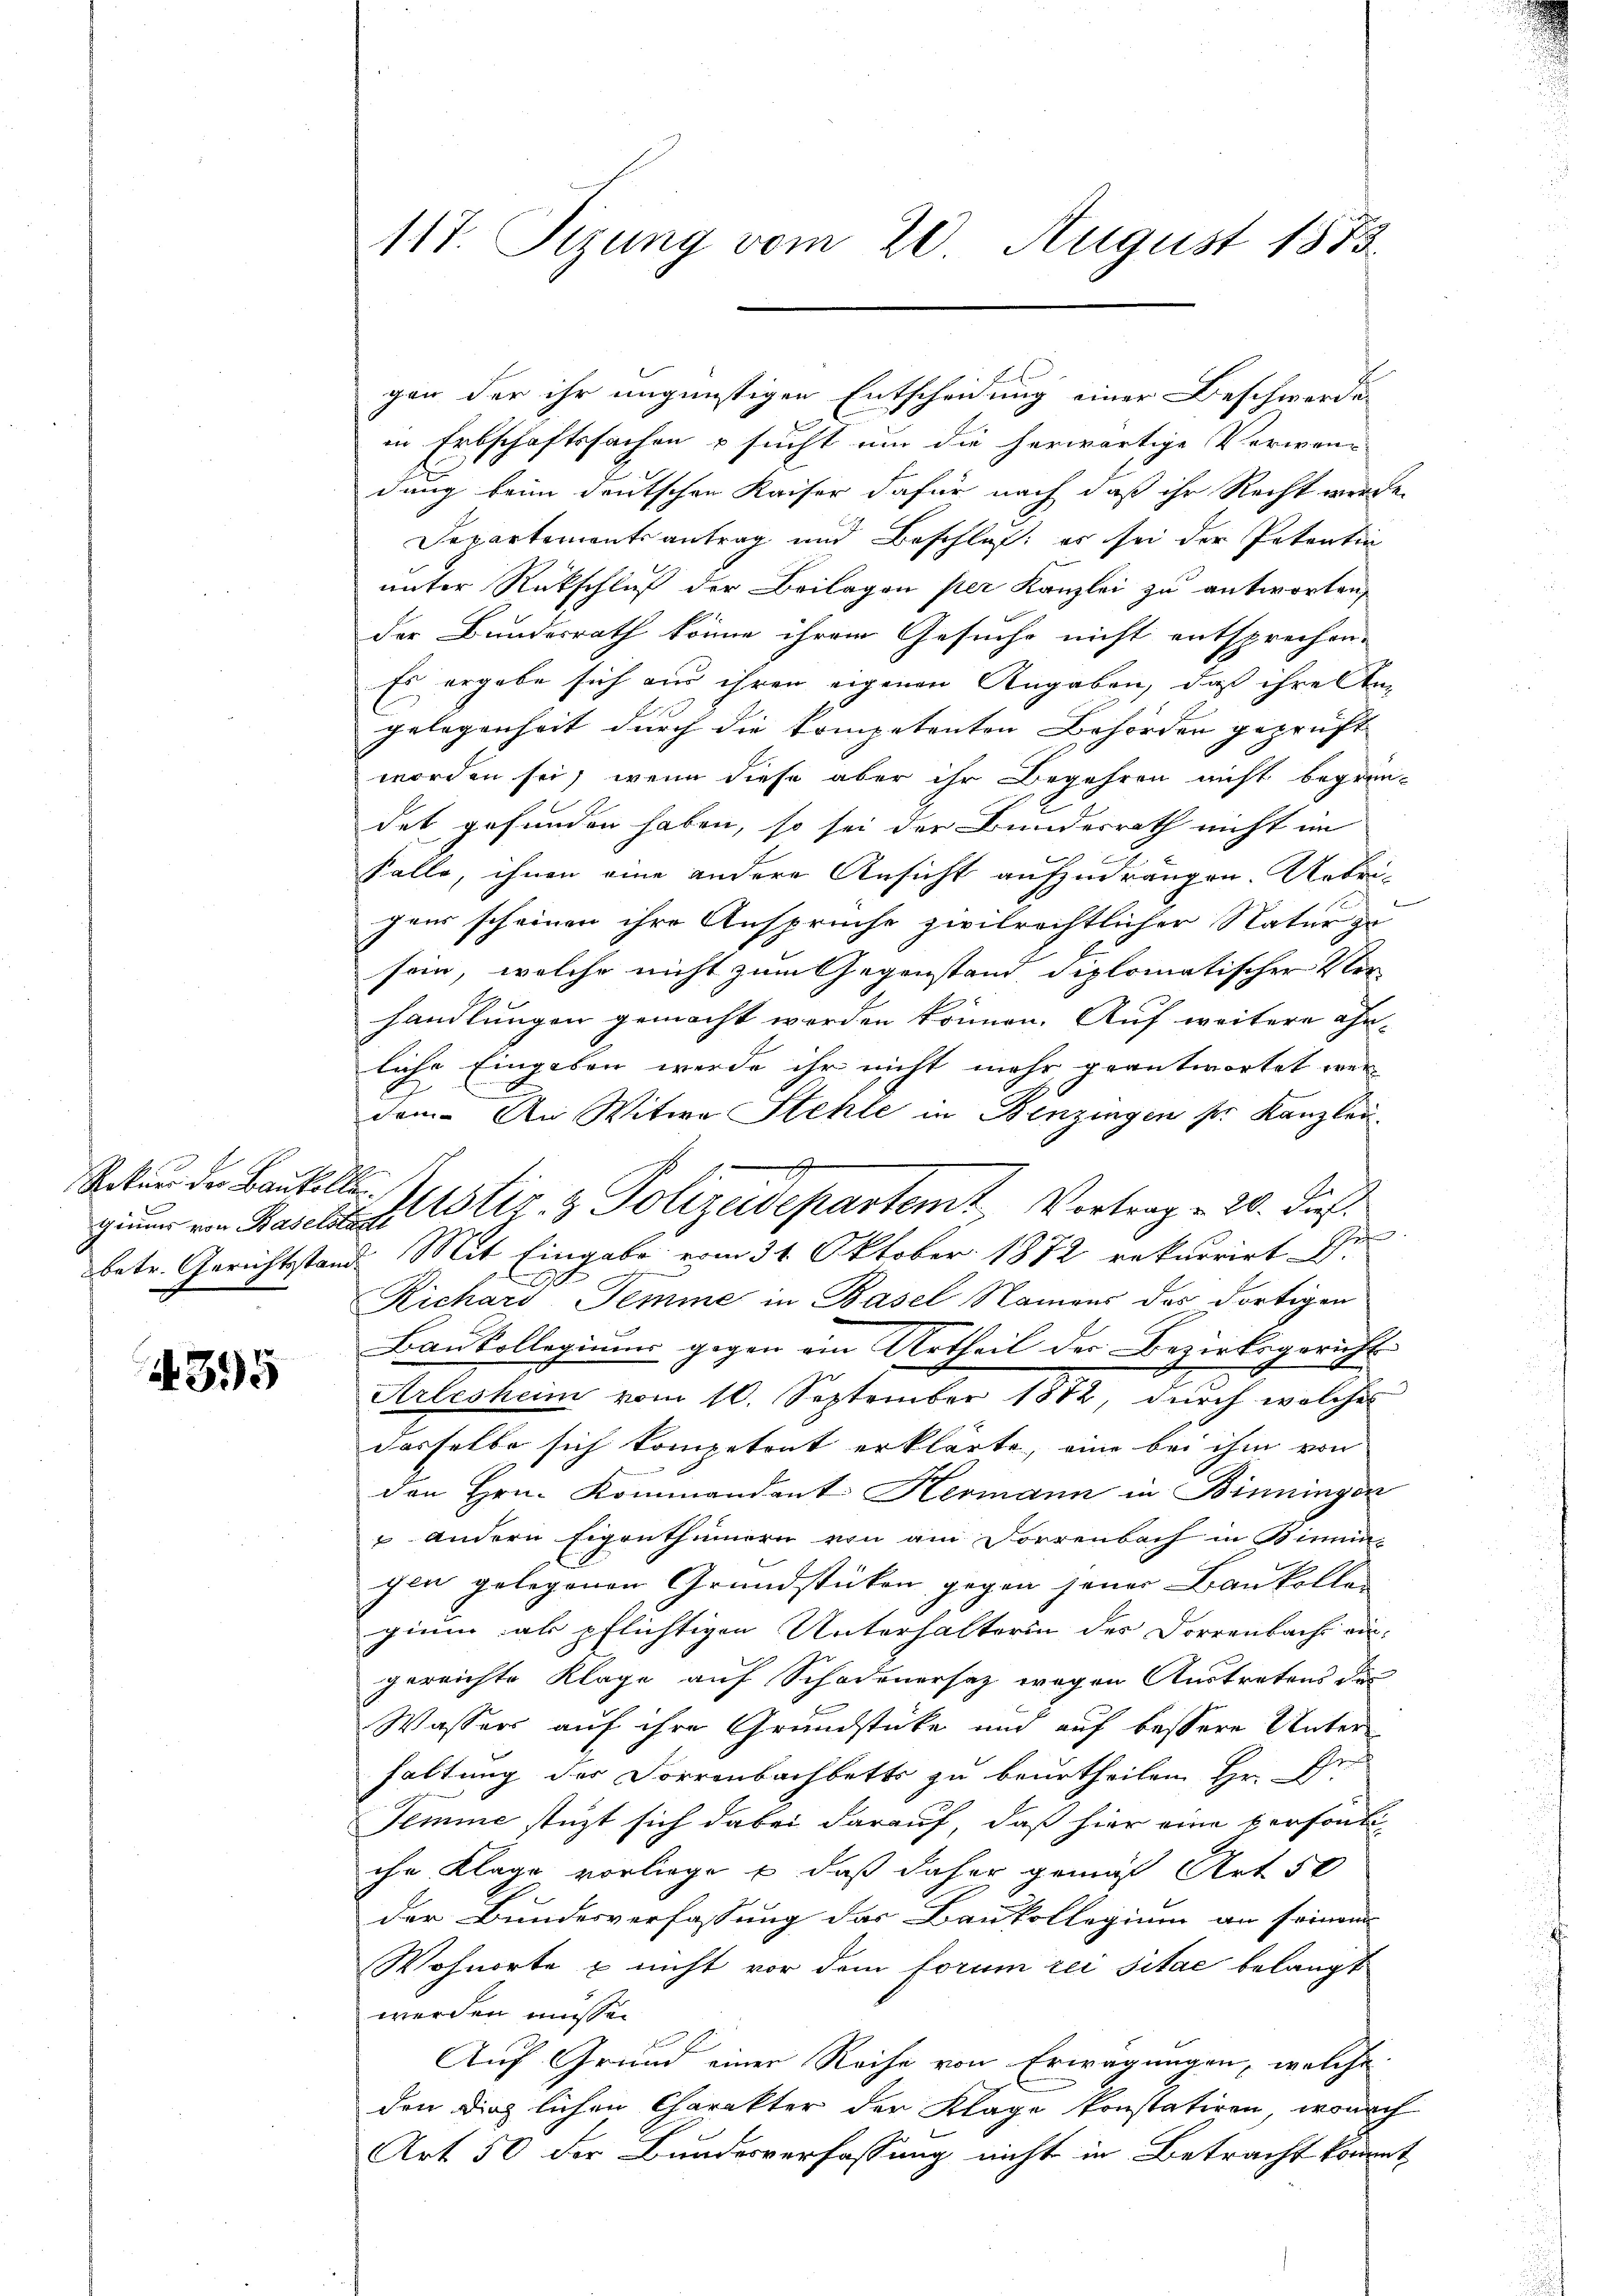
Rekurs der Baukollen

4395

117. Sizung vom 20. August 1873.

gen der ihr ungünstigen Entscheidung einer Beschwerden
in Erbschaftsfachen & sucht um die herwärtige Verwan-
dung beim deutschen Kaiser dafür nach daß ihr Recht werde
Departementsantrag und Beschluß: es sei der Petentia
unter Rückschluß der Beilagen per Kanzlei zu antworten,
der Bundesrath könne ihrem Gesuche nicht entsprechen.
Es ergabe sich aus ihren eigenen Angaben, daß ihre begelegenheit durch die kompetenten Behörden geprüft
worden sei, wenn diese aber ihr Begehren nicht begrün-
det gefunden haben, so sei der Bundesrath nicht im
t
Falle, ihnen eine andere Ansicht aufzudrängen. Uebri-
paar scheinen ihre Anspruche zivilrechtlicher Natur z
sein, welche nicht zum Gegenstand diplomatischer Ver-
handlungen gemacht werden können. Auf weitere ähn-
liche Eingeben werde ihr nicht mehr geantwortet wer-
dem. An Witwe Stehle in Benzingen ser Kanzlau.
betr. Gerichtstand Mit Eingabe vom 31. Oktober 1872 rekurrirt Dr
Richard Temme in Basel Namens das dortigen
Baukollegiums gegen ein Urtheil der Bezirksgericht
Arlesheim vom 10. September 1882, durch welches
dasselbe sich kompetrat erklärte, eine bei ihm von
den Hrn. Kommandant Hermann in Binningen
 andern Eigenthümern von am Dorrenbach in Binnia-
gen gelegenen Grundstücken gegen jener Baukolle
gium als pflichtigen Unterhalterin des Dorrenbach ein-
gereichte Klage auf Schadenersatz wegen Austratens die
Wassers auf ihre Grundstücke und auf bessere Unterhaltung der Forrenbachbetts zu beurtheilen Hr. D
Temme stüzt sich dabei darauf, daß hier eine personti-
che Klage vorliege & daß daher gemäß Art 50
der Bundesverfassung des Baukollegium an seinem
Wohnorte & nicht vor dem forum rei sitae belangt
werden müssen
Auf Grund einer Reihe von Erwägungen, welche
den dinglichen Charakter der Klage konstatiren, wonach
Art 50 der Bundesverfassung nicht in Betracht kommt

gine von Baselst Zustiz- & Polizeidepartemt, Vortrag - 20. dies